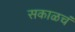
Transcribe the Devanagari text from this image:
सकाळचं